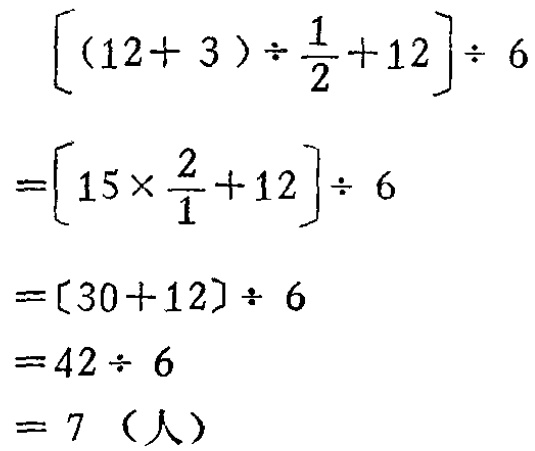
\[

\begin{align*}

&[(12 + 3)\div\frac{1}{2}+12]\div6\\

=&[15\times\frac{2}{1}+12]\div6\\

=&[30 + 12]\div6\\

=&42\div6\\

=&7 \text{（人）}

\end{align*}

\]